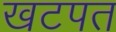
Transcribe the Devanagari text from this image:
खटपत